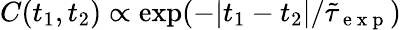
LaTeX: C(t_{1},t_{2})\propto\exp(-|t_{1}-t_{2}|/\tilde{\tau}_{\mathrm{~e~x~p~}})